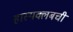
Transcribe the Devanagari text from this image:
हास्यक्लबची